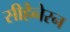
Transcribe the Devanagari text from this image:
सीहैनेरन